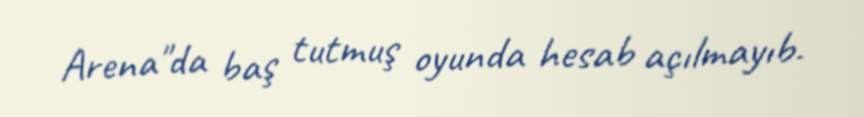
Arena"da baş tutmuş oyunda hesab açılmayıb.